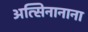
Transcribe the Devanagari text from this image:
अत्सिनानाना